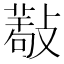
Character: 𢿩